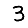
Digit: 3